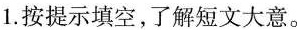
1.按提示填空，了解短文大意。